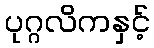
ပုဂ္ဂလိကနှင့်